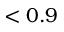
< 0 . 9